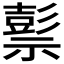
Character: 𥛱